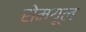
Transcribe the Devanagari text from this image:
सेमयूल